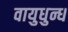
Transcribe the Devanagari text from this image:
वायुधुन्ध